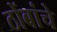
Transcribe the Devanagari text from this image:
ठोंबांचे